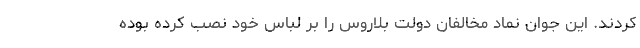
کردند. این جوان نماد مخالفان دولت بلاروس را بر لباس خود نصب کرده بوده